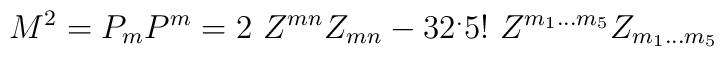
M^2= P_m P^m = 2 ~Z^{mn} Z_{mn} - 32 ^. 5! ~ Z^{m_1...m_5}Z_{m_1...m_5}